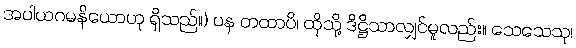
အပါယဂမနိယောဟု ရှိသည်။) ပန တထာပိ၊ ထိုသို့ ဒိဋ္ဌိသာလျှင်မူလည်း။ သေသေသု၊